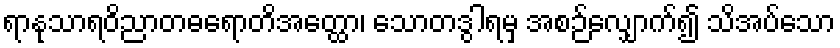
ရာနုသာရဝိညာတဓရောတိအတ္ထော၊ သောတဒွါရမှ အစဉ်လျှောက်၍ သိအပ်သော